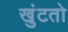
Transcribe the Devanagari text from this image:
खुंटतो